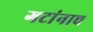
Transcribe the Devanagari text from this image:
गटांनाच